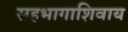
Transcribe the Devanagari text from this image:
सहभागाशिवाय